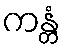
ကန္တံ